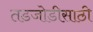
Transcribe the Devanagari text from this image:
तडजोडीसाठी